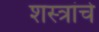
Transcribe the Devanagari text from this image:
शस्‍त्रांचे